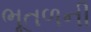
ભૂતળની